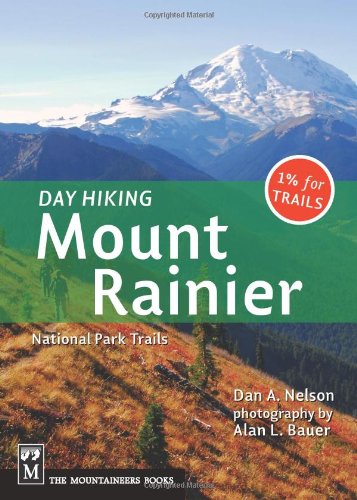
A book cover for Day Hiking: Mount Rainier National Park Trails; Dan A. Nelson; Travel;